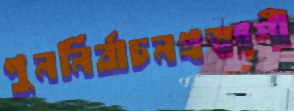
পুনর্নির্বাচনপ্রত্যাশী